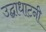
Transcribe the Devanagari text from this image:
उद्घाधाटनी